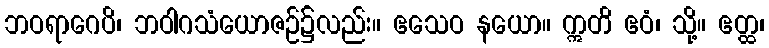
ဘဝရာဂေပိ၊ ဘဝါဂသံယောဇဉ်၌လည်း။ ဧသေဝ နယော။ ဣတိ ဧဝံ၊ သို့။ ဧတ္ထ၊